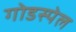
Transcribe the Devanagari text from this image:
गोडस्पेल